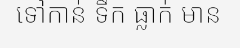
ទៅកាន់ ទឹក ធ្លាក់ មាន